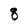
Character: 8